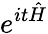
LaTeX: e^{it{\hat{H}}}